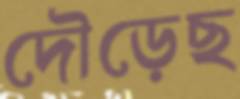
দৌড়েছ